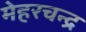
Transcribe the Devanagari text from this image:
मेहरचन्द्र